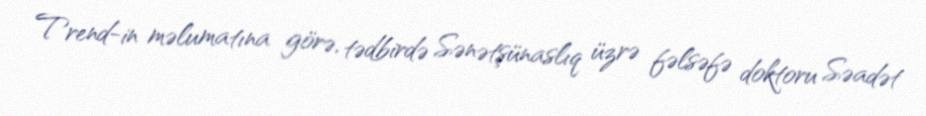
Trend-in məlumatına görə, tədbirdə Sənətşünaslıq üzrə fəlsəfə doktoru Səadət